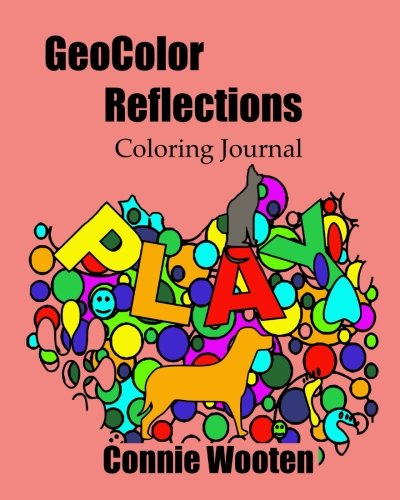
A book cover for GeoColor Reflections: Coloring Journal (Weaver) (Volume 2); Connie Wooten; Self-Help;